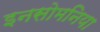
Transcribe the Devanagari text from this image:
इनसोमनिया